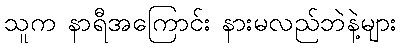
သူက နာရီအကြောင်း နားမလည်ဘဲနဲ့များ